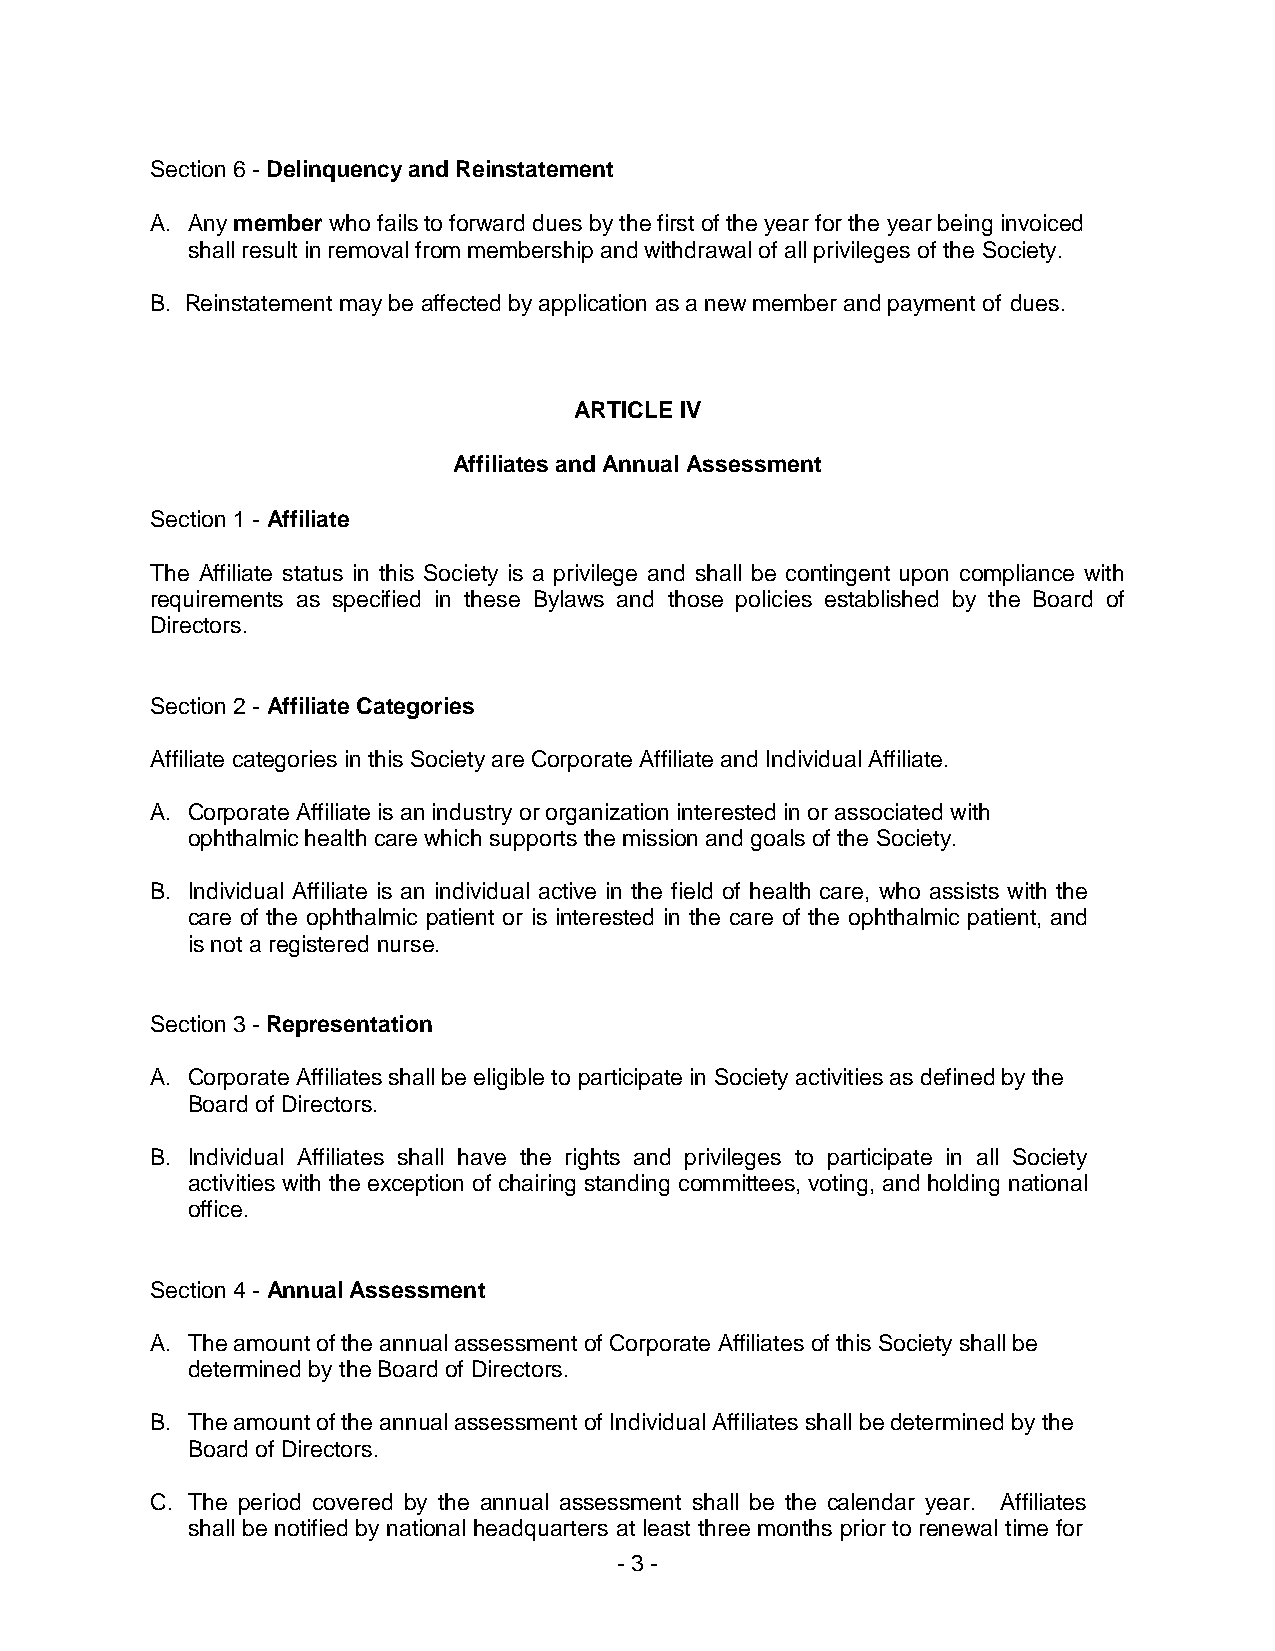
Section 6 - Delinquency and Reinstatement
 A. Any member who fails to forward dues by the first of the year for the year being invoiced
 shall result in removal from membership and withdrawal of all privileges of the Society.
 B. Reinstatement may be affected by application as a new member and payment of dues.
 ARTICLE IV
 Affiliates and Annual Assessment
 Section 1 - Affiliate
 The Affiliate status in this Society is a privilege and shall be contingent upon compliance with
 requirements as specified in these Bylaws and those policies established by the Board of
 Directors.
 Section 2 - Affiliate Categories
 Affiliate categories in this Society are Corporate Affiliate and Individual Affiliate.
 A. Corporate Affiliate is an industry or organization interested in or associated with
 ophthalmic health care which supports the mission and goals of the Society.
 B. Individual Affiliate is an individual active in the field of health care, who assists with the
 care of the ophthalmic patient or is interested in the care of the ophthalmic patient, and
 is not a registered nurse.
 Section 3 - Representation
 A. Corporate Affiliates shall be eligible to participate in Society activities as defined by the
 Board of Directors.
 B. Individual Affiliates shall have the rights and privileges to participate in all Society
 activities with the exception of chairing standing committees, voting, and holding national
 office.
 Section 4 - Annual Assessment
 A. The amount of the annual assessment of Corporate Affiliates of this Society shall be
 determined by the Board of Directors.
 B. The amount of the annual assessment of Individual Affiliates shall be determined by the
 Board of Directors.
 C. The period covered by the annual assessment shall be the calendar year. Affiliates
 shall be notified by national headquarters at least three months prior to renewal time for
 - 3 -